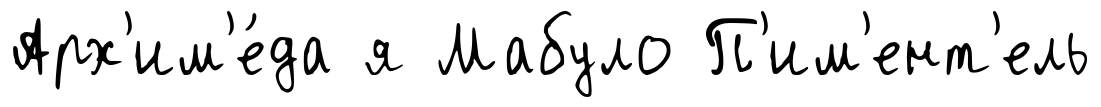
Арх'им'е́да я Мабуло П'им'ент'ель